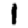
Digit: 1